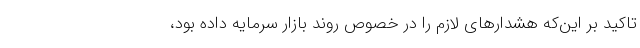
تاکید بر این‌که هشدارهای لازم را در خصوص روند بازار سرمایه داده بود،